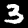
Digit: 3